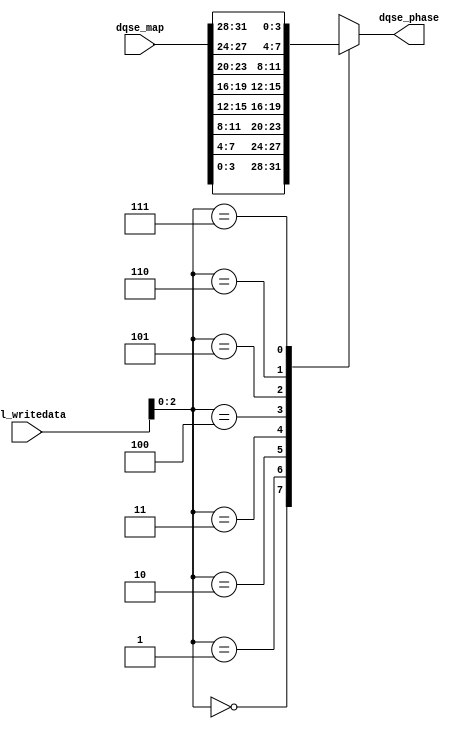
module seq_scc_hhp_phase_decode
	# (parameter
    
	AVL_DATA_WIDTH          =   32,
	DLL_DELAY_CHAIN_LENGTH  =   8
        
	)
	(
    
	avl_writedata,
	dqse_phase,
	dqse_map
    
);

	input [AVL_DATA_WIDTH - 1:0] avl_writedata;
	input [32-1:0] dqse_map;

	// Arria V and Cyclone V only have dqse_phase control

	// phase decoding:
	//   [3]   enadqsenablephasetransferreg
	//   [2]   dqsenablectrlphaseinvert
	//   [1:0] dqsenablectrlphasesetting 
	output [3:0] dqse_phase;
	reg [3:0] dqse_phase;

`ifdef NOTDEF
	always @ (*) begin

		// DQSE = 270
		dqse_phase = 4'b0110;

		case (avl_writedata[2:0])
		3'b000: // DQSE = 90
			begin
				dqse_phase = 4'b0010;
			end
		3'b001: // DQSE = 135
			begin
				dqse_phase = 4'b0011;
			end
		3'b010: // DQSE = 180
			begin
				dqse_phase = 4'b0100;
			end
		3'b011: // DQSE = 225
			begin
				dqse_phase = 4'b0101;
			end
		3'b100: // DQSE = 270
			begin
				dqse_phase = 4'b0110;
			end
		3'b101: // DQSE = 315
			begin
				dqse_phase = 4'b1111;
			end
		3'b110: // DQSE = 360
			begin
				dqse_phase = 4'b1000;
			end
		3'b111: // DQSE = 405
			begin
				dqse_phase = 4'b1001;
			end
		default : begin end
		endcase
	end
`else
	always @ (*) begin
		case (avl_writedata[2:0])
		0: dqse_phase = dqse_map[ 3: 0];
		1: dqse_phase = dqse_map[ 7: 4];
		2: dqse_phase = dqse_map[11: 8];
		3: dqse_phase = dqse_map[15:12];
		4: dqse_phase = dqse_map[19:16];
		5: dqse_phase = dqse_map[23:20];
		6: dqse_phase = dqse_map[27:24];
		7: dqse_phase = dqse_map[31:28];
		default: dqse_phase = 0;
		endcase
	end
`endif

endmodule